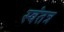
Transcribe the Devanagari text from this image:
स्‍वंतत्र